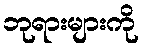
ဘုရားများကို